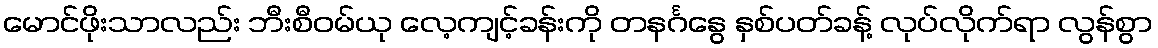
မောင်ဖိုးသာလည်း ဘီးစီဝမ်ယု လေ့ကျင့်ခန်းကို တနင်္ဂနွေ နှစ်ပတ်ခန့် လုပ်လိုက်ရာ လွန်စွာ